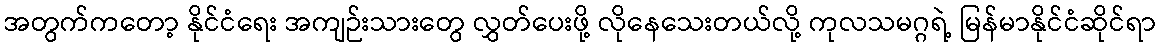
အတွက်ကတော့ နိုင်ငံရေး အကျဉ်းသားတွေ လွှတ်ပေးဖို့ လိုနေသေးတယ်လို့ ကုလသမဂ္ဂရဲ့ မြန်မာနိုင်ငံဆိုင်ရာ